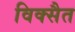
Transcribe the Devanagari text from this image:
विक्सैत